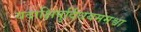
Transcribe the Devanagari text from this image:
यदाक्षिषुर्दिधयमंमश्वा